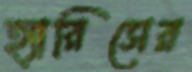
হ্যারিসের